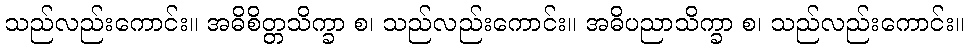
သည်လည်းကောင်း။ အဓိစိတ္တသိက္ခာ စ၊ သည်လည်းကောင်း။ အဓိပညာသိက္ခာ စ၊ သည်လည်းကောင်း။